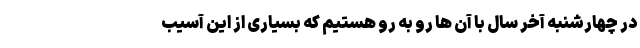
در چهارشنبه آخر سال با آن ها رو به رو هستیم که بسیاری از این آسیب